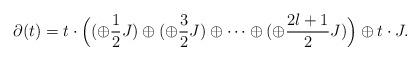
LaTeX: \begin{align*}\partial(t)=t\cdot\Big((\oplus {{\frac{1}{2}}} J)\oplus(\oplus {\frac{3}{2}} J)\oplus\dots\oplus(\oplus {\frac{2l+1}{2}} J)\Big)\oplus t\cdot J. \end{align*}